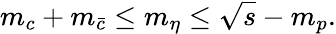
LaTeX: m_{c}+m_{\bar{c}}\leq m_{\eta}\leq\sqrt{s}-m_{p}.